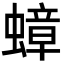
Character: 蟑